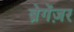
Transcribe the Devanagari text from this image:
ब्रेगेंज़र